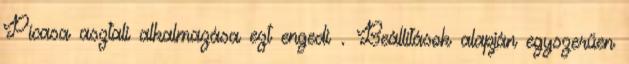
Picasa asztali alkalmazása ezt engedi . Beállítások alapján egyszerűen